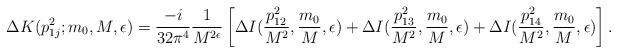
LaTeX: \begin{align*}\Delta K (p_{1j}^{2}; m_{0},M,\epsilon) = \frac{-i}{32 \pi ^{4}} \frac{1}{M^{2 \epsilon}} \left[ \Delta I (\frac{p_{12}^{2}}{M^{2}},\frac{m_{0}}{M},\epsilon) + \Delta I (\frac{p_{13}^{2}}{M^{2}},\frac{m_{0}}{M},\epsilon) + \Delta I (\frac{p_{14}^{2}}{M^{2}},\frac{m_{0}}{M},\epsilon) \right].\end{align*}